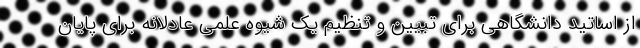
از اساتید دانشگاهی برای تبیین و تنظیم یک شیوه علمی عادلانه برای پایان